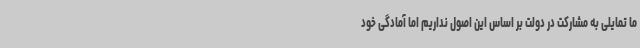
ما تمایلی به مشارکت در دولت بر اساس این اصول نداریم اما آمادگی خود